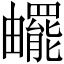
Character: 𤳸